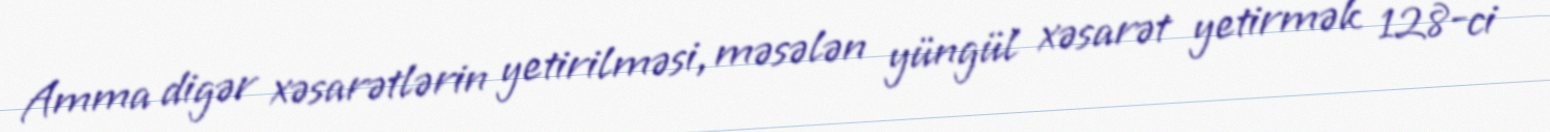
Amma digər xəsarətlərin yetirilməsi, məsələn yüngül xəsarət yetirmək 128-ci